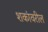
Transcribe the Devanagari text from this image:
शकांवरील